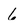
Character: 6